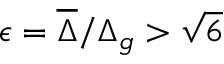
\epsilon = \overline { { \Delta } } / \Delta _ { g } > \sqrt { 6 }